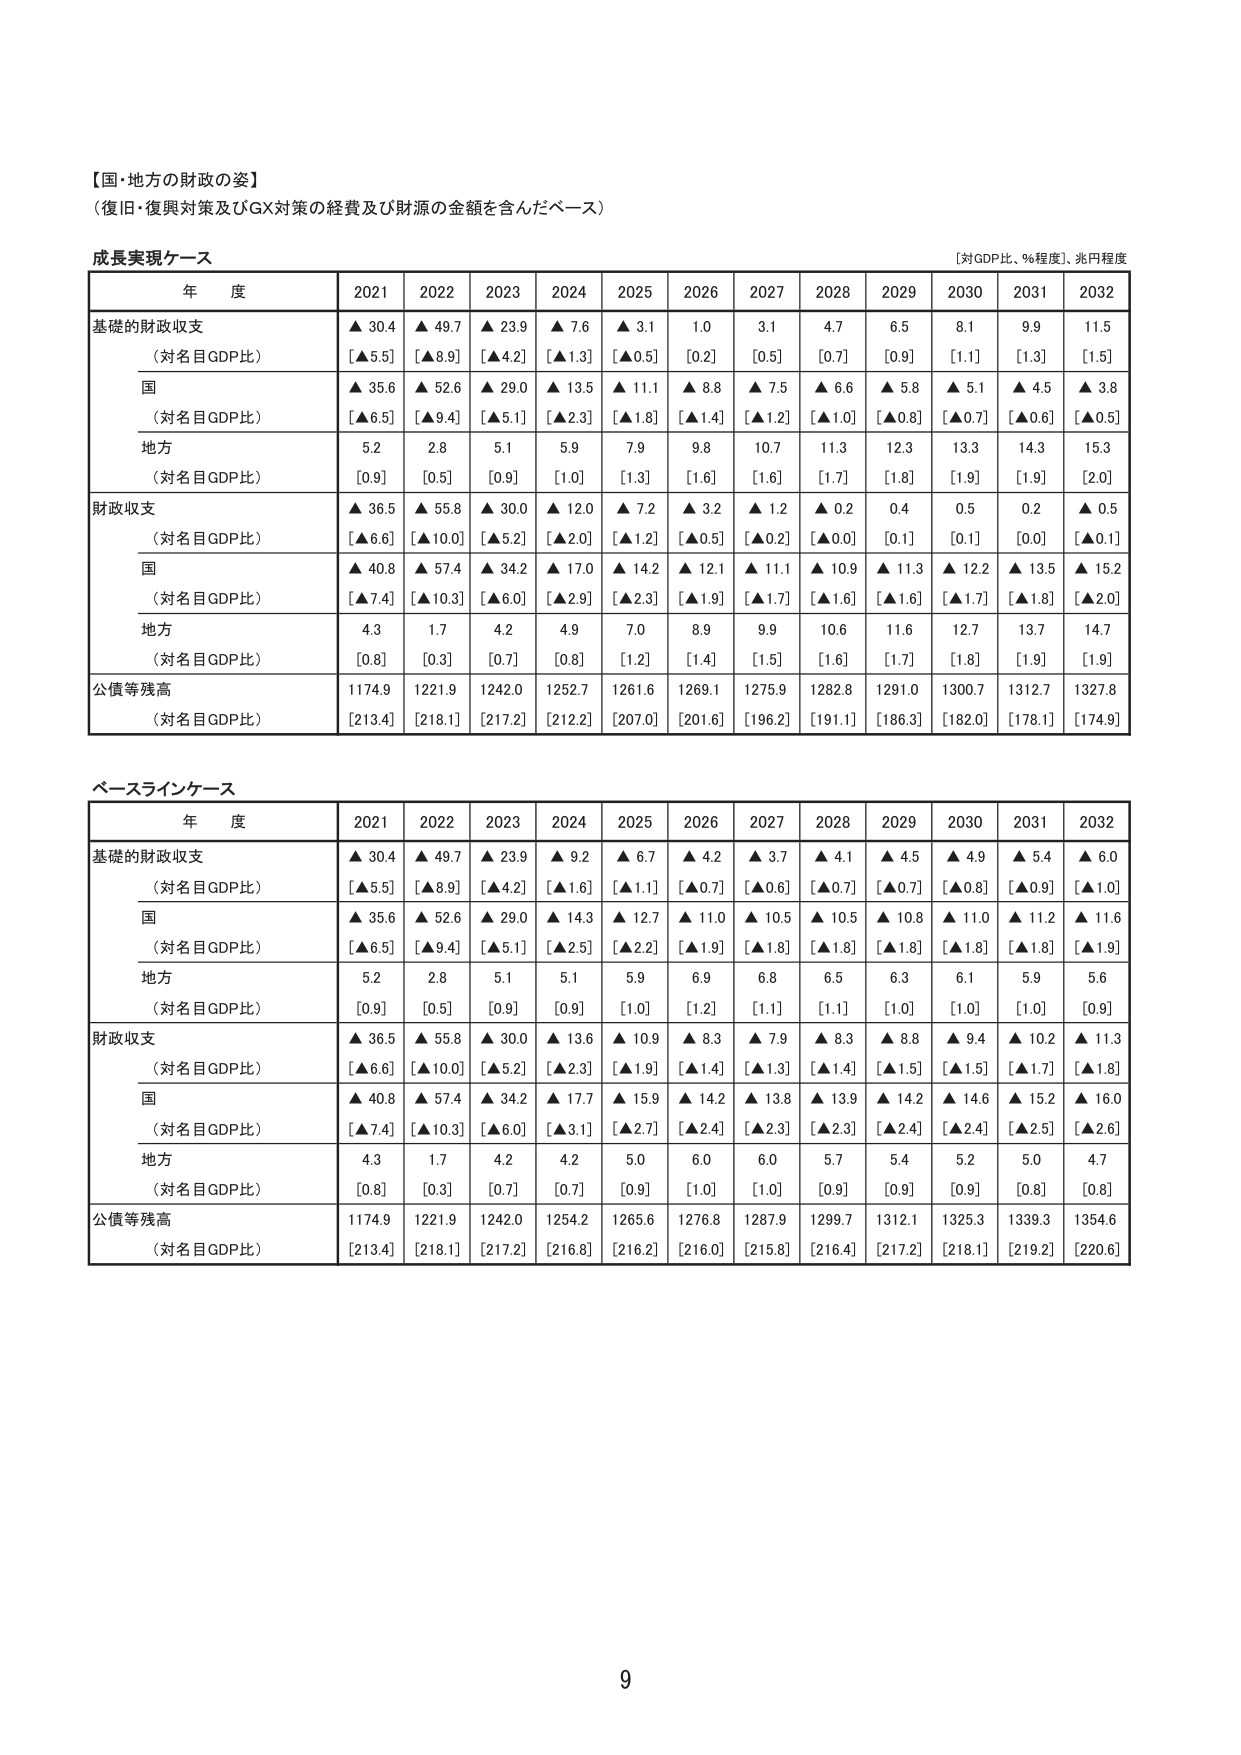
【国・地方の財政の姿】
（復旧・復興対策及びGX対策の経費及び財源の金額を含んだベース）

成長実現ケース
[対GDP比、％程度]、兆円程度

年度 2021 2022 2023 2024 2025 2026 2027 2028 2029 2030 2031 2032

基礎的財政収支
▲ 30.4 ▲ 49.7 ▲ 23.9 ▲ 7.6 ▲ 3.1 1.0 3.1 4.7 6.5 8.1 9.9 11.5
（対名目GDP比） [▲5.5] [▲8.9] [▲4.2] [▲1.3] [▲0.5] [0.2] [0.5] [0.7] [0.9] [1.1] [1.3] [1.5]

国
▲ 35.6 ▲ 52.6 ▲ 29.0 ▲ 13.5 ▲ 11.1 ▲ 8.8 ▲ 7.5 ▲ 6.6 ▲ 5.8 ▲ 5.1 ▲ 4.5 ▲ 3.8
（対名目GDP比） [▲6.5] [▲9.4] [▲5.1] [▲2.3] [▲1.8] [▲1.4] [▲1.2] [▲1.0] [▲0.8] [▲0.7] [▲0.6] [▲0.5]

地方
5.2 2.8 5.1 5.9 7.9 9.8 10.7 11.3 12.3 13.3 14.3 15.3
（対名目GDP比） [0.9] [0.5] [0.9] [1.0] [1.3] [1.6] [1.6] [1.7] [1.8] [1.9] [2.0]

財政収支
▲ 36.5 ▲ 55.8 ▲ 30.0 ▲ 12.0 ▲ 7.2 ▲ 3.2 ▲ 1.2 ▲ 0.2 0.4 0.5 0.2 ▲ 0.5
（対名目GDP比） [▲6.6] [▲10.0] [▲5.2] [▲2.0] [▲1.2] [▲0.5] [▲0.2] [▲0.0] [0.1] [0.1] [0.0] [▲0.1]

国
▲ 40.8 ▲ 57.4 ▲ 34.2 ▲ 17.0 ▲ 14.2 ▲ 12.1 ▲ 11.1 ▲ 10.9 ▲ 11.3 ▲ 12.2 ▲ 13.5 ▲ 15.2
（対名目GDP比） [▲7.4] [▲10.3] [▲6.0] [▲2.9] [▲2.3] [▲1.9] [▲1.7] [▲1.6] [▲1.6] [▲1.7] [▲1.8] [▲2.0]

地方
4.3 1.7 4.2 4.9 7.0 8.9 9.9 10.6 11.6 12.7 13.7 14.7
（対名目GDP比） [0.8] [0.3] [0.7] [0.8] [1.2] [1.4] [1.5] [1.6] [1.7] [1.8] [1.9] [1.9]

公債等残高
1174.9 1221.9 1242.0 1252.7 1261.6 1269.1 1275.9 1282.8 1291.0 1300.7 1312.7 1327.8
（対名目GDP比） [213.4] [218.1] [217.2] [212.2] [207.0] [201.6] [196.2] [191.1] [186.3] [182.0] [178.1] [174.9]

ベースラインケース

年度 2021 2022 2023 2024 2025 2026 2027 2028 2029 2030 2031 2032

基礎的財政収支
▲ 30.4 ▲ 49.7 ▲ 23.9 ▲ 9.2 ▲ 6.7 ▲ 4.2 ▲ 3.7 ▲ 4.1 ▲ 4.5 ▲ 4.9 ▲ 5.4 ▲ 6.0
（対名目GDP比） [▲5.5] [▲8.9] [▲4.2] [▲1.6] [▲1.1] [▲0.7] [▲0.6] [▲0.7] [▲0.7] [▲0.8] [▲0.9] [▲1.0]

国
▲ 35.6 ▲ 52.6 ▲ 29.0 ▲ 14.3 ▲ 12.7 ▲ 11.0 ▲ 10.5 ▲ 10.5 ▲ 10.8 ▲ 11.0 ▲ 11.2 ▲ 11.6
（対名目GDP比） [▲6.5] [▲9.4] [▲5.1] [▲2.5] [▲2.2] [▲1.9] [▲1.8] [▲1.8] [▲1.8] [▲1.8] [▲1.8] [▲1.9]

地方
5.2 2.8 5.1 5.1 5.9 6.9 6.8 6.5 6.3 6.1 5.9 5.6
（対名目GDP比） [0.9] [0.5] [0.9] [0.9] [1.0] [1.2] [1.1] [1.1] [1.0] [1.0] [1.0] [0.9]

財政収支
▲ 36.5 ▲ 55.8 ▲ 30.0 ▲ 13.6 ▲ 10.9 ▲ 8.3 ▲ 7.9 ▲ 8.3 ▲ 8.8 ▲ 9.4 ▲ 10.2 ▲ 11.3
（対名目GDP比） [▲6.6] [▲10.0] [▲5.2] [▲2.3] [▲1.9] [▲1.4] [▲1.3] [▲1.4] [▲1.5] [▲1.5] [▲1.7] [▲1.8]

国
▲ 40.8 ▲ 57.4 ▲ 34.2 ▲ 17.7 ▲ 15.9 ▲ 14.2 ▲ 13.8 ▲ 13.9 ▲ 14.2 ▲ 14.6 ▲ 15.2 ▲ 16.0
（対名目GDP比） [▲7.4] [▲10.3] [▲6.0] [▲3.1] [▲2.7] [▲2.4] [▲2.3] [▲2.3] [▲2.4] [▲2.4] [▲2.5] [▲2.6]

地方
4.3 1.7 4.2 4.2 5.0 6.0 6.0 5.7 5.4 5.2 5.0 4.7
（対名目GDP比） [0.8] [0.3] [0.7] [0.7] [0.9] [1.0] [1.0] [0.9] [0.9] [0.9] [0.8] [0.8]

公債等残高
1174.9 1221.9 1242.0 1254.2 1265.6 1276.8 1287.9 1299.7 1312.1 1325.3 1339.3 1354.6
（対名目GDP比） [213.4] [218.1] [217.2] [216.8] [216.2] [216.0] [215.8] [216.4] [217.2] [218.1] [219.2] [220.6]

9